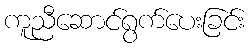
ကူညီဆောင်ရွက်ပေးခြင်း